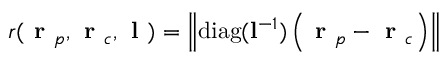
r ( \textbf { r } _ { p } , \textbf { r } _ { c } , \textbf { l } ) = \left\| \mathrm { d i a g } ( \mathbf { l } ^ { - 1 } ) \left( \textbf { r } _ { p } - \textbf { r } _ { c } \right) \right\|